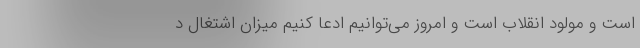
است و مولود انقلاب است و امروز می‌توانیم ادعا کنیم میزان اشتغال د